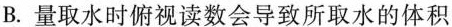
B.量取水时俯视读数会导致所取水的体积